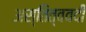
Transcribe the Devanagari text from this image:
अस्तित्ववदी